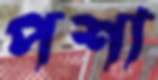
পশা